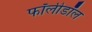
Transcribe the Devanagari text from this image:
फॉलीडॉल